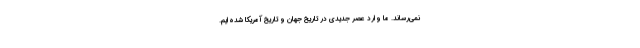
نمی‌رساند. ما وارد عصر جدیدی در تاریخ جهان و تاریخ آمریکا شده‌ایم.